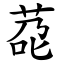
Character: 莻